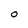
Character: O